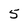
Character: 5